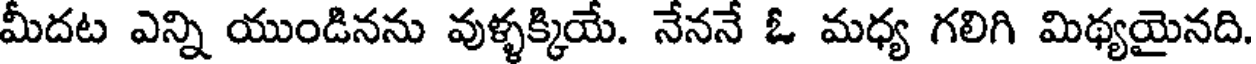
మీదట ఎన్ని యుండినను వుళ్ళక్కియే. నేననే ఓ మధ్య గలిగి మిథ్యయైనది